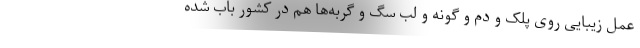
عمل زیبایی روی پلک و دُم و گونه و لب سگ و گربه‌ها هم در کشور باب شده